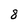
Character: 8